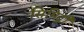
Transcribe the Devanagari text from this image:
सिमिट्री